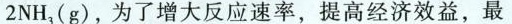
2NH_{3}(g)，为了增大反应速度率，提高经济效益，最